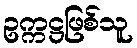
ဥက္ကဋ္ဌဖြစ်သူ